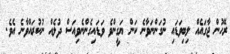
ރޭހުން ޖާގައެއް ލިބިވަޑައި ނުގަންނަވާނެ ކަން ޔަގީންވެ ވަޑައިގެންނެވިއަސް ދުލެއް ނުކުރައްވާނެ އެވެ.